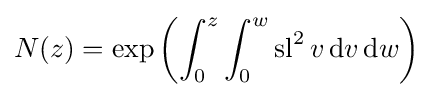
N(z)=\exp \left(\int _{0}^{z}\int _{0}^{w}\operatorname {sl} ^{2}v\,\mathrm {d} v\,\mathrm {d} w\right)